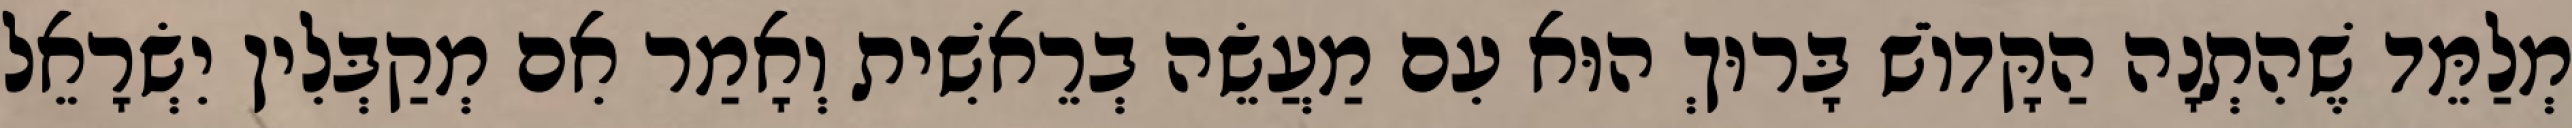
מְלַמֵּד שֶׁהִתְנָה הַקָּדוֹשׁ בָּרוּךְ הוּא עִם מַעֲשֵׂה בְרֵאשִׁית וְאָמַר אִם מְקַבְּלִין יִשְׂרָאֵל